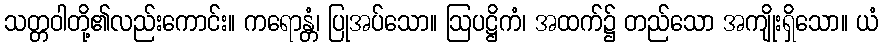
သတ္တဝါတို့၏လည်းကောင်း။ ကရောန္တံ၊ ပြုအပ်သော။ ဩပဋ္ဌိကံ၊ အထက်၌ တည်သော အကျိုးရှိသော။ ယံ